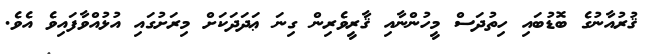
ޤުރުއާނުގެ ބޮޑުބައި ހިތުދަސް މީހުންނާއި ޤާރީވެރިން ގިނަ ޢަދަދަކަށް މިރަށުގައި އުޅުއްވާފައިވެ އެވެ.